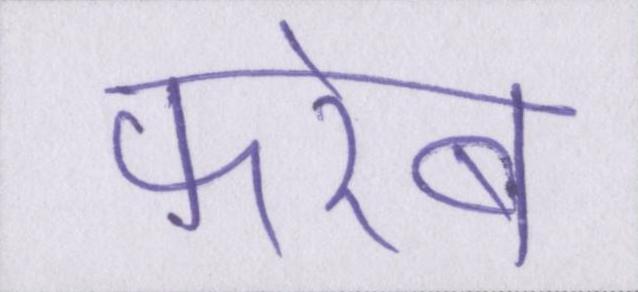
फरेब